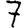
Digit: 7